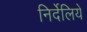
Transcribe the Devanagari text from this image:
निर्देलिये